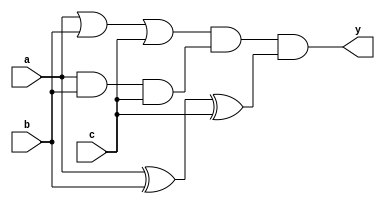


module top (a, b, c, y);
input a, b, c;
output y;

wire k, l, m;

or (k, a, b, c);
and (l, a, b, c);
xor (m, a, b, c);

and (y, k, l, m);

endmodule